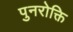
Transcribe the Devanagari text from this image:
पुनरोक्ति